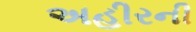
અહીરની